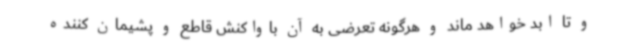
و تا ابد خواهد ماند و هرگونه تعرضی به آن باواکنش قاطع و پشیمان کننده